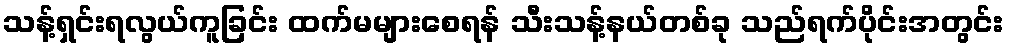
သန့်ရှင်းရလွယ်ကူခြင်း ထက်မများစေရန် သီးသန့်နယ်တစ်ခု သည်ရက်ပိုင်းအတွင်း